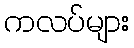
ကလပ်များ